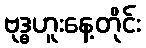
ဗုဒ္ဓဟူးနေ့တိုင်း